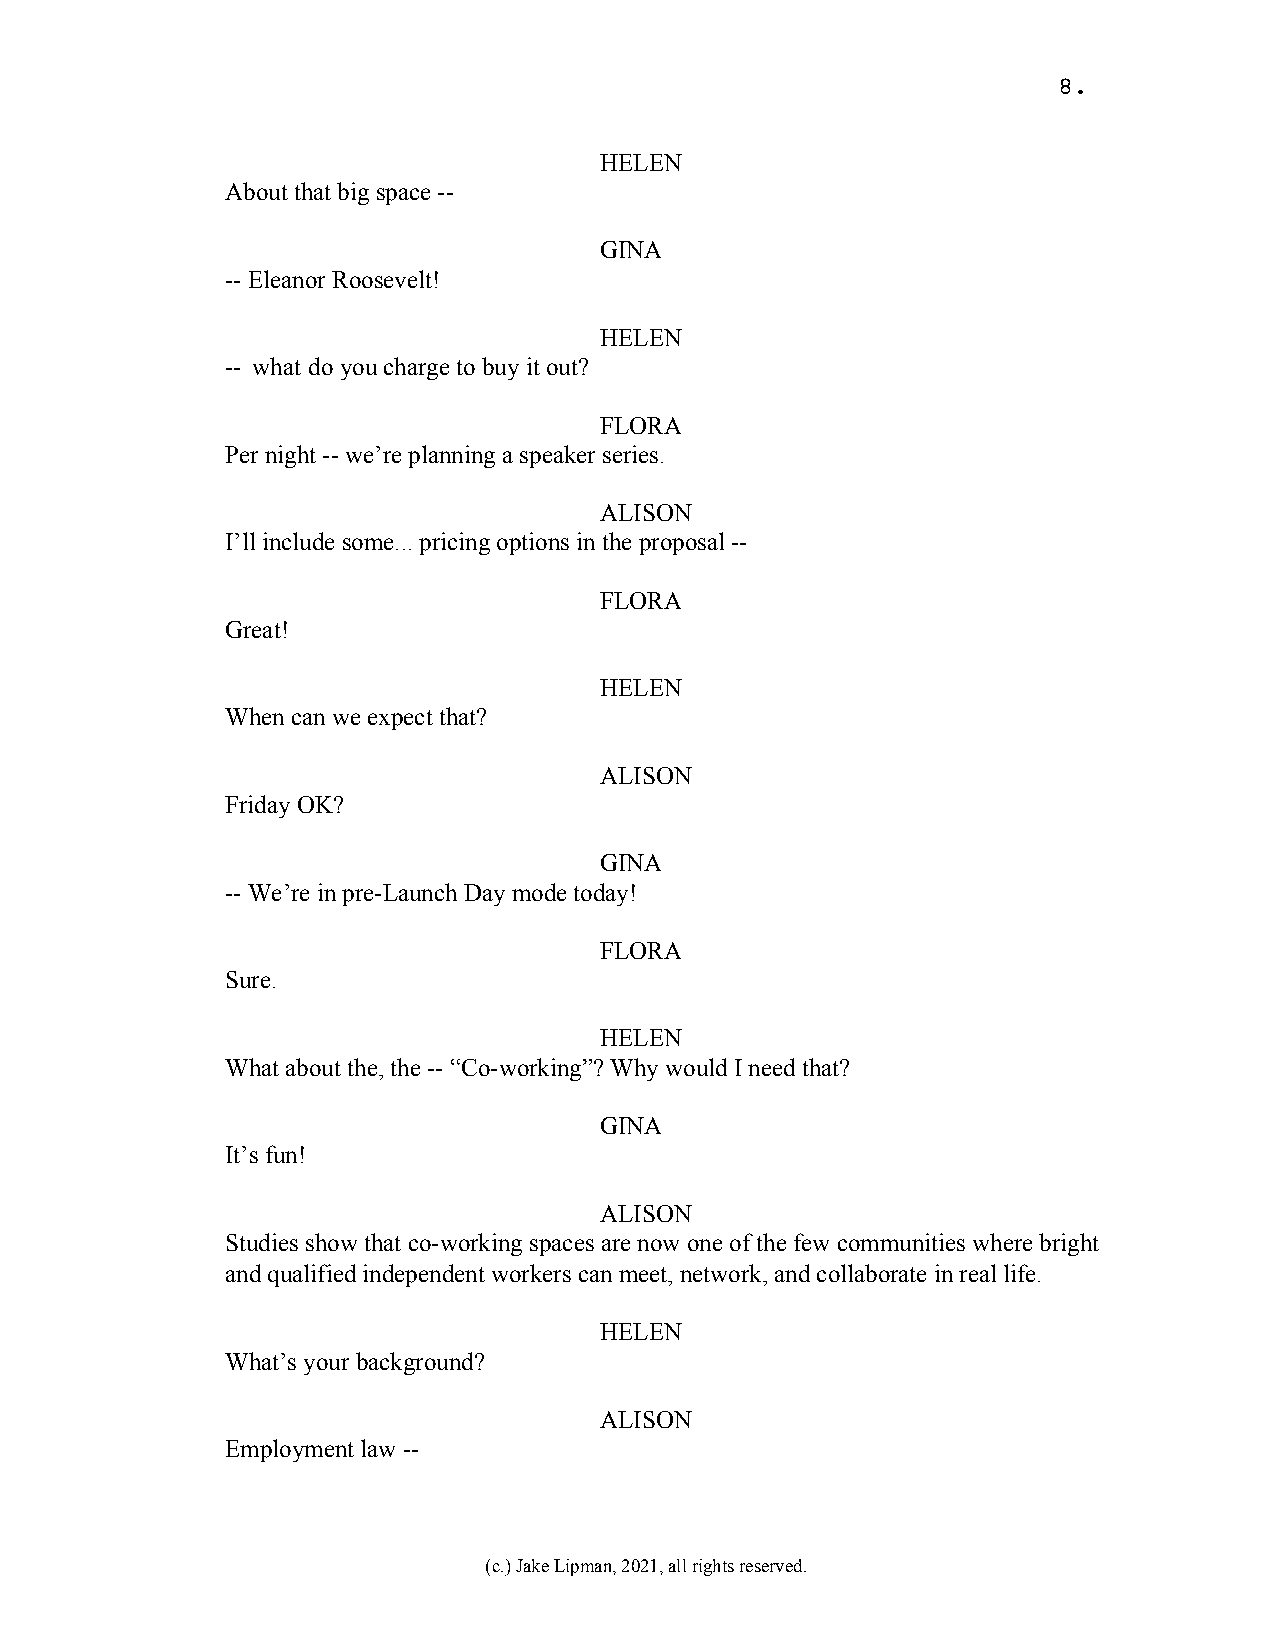
8.
 HELEN
 About that big space --
 GINA
 -- Eleanor Roosevelt!
 HELEN
 -- what do you charge to buy it out?
 FLORA
 Per night -- we’re planning a speaker series.
 ALISON
 I’ll include some... pricing options in the proposal --
 FLORA
 Great!
 HELEN
 When can we expect that?
 ALISON
 Friday OK?
 GINA
 -- We’re in pre-Launch Day mode today!
 FLORA
 Sure.
 HELEN
 What about the, the -- “Co-working”? Why would I need that?
 GINA
 It’s fun!
 ALISON
 Studies show that co-working spaces are now one of the few communities where bright
 and qualified independent workers can meet, network, and collaborate in real life.
 HELEN
 What’s your background?
 ALISON
 Employment law --
 (c.) Jake Lipman, 2021, all rights reserved.